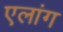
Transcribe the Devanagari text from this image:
एलांग